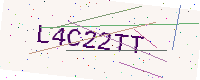
Text: L4C22TT